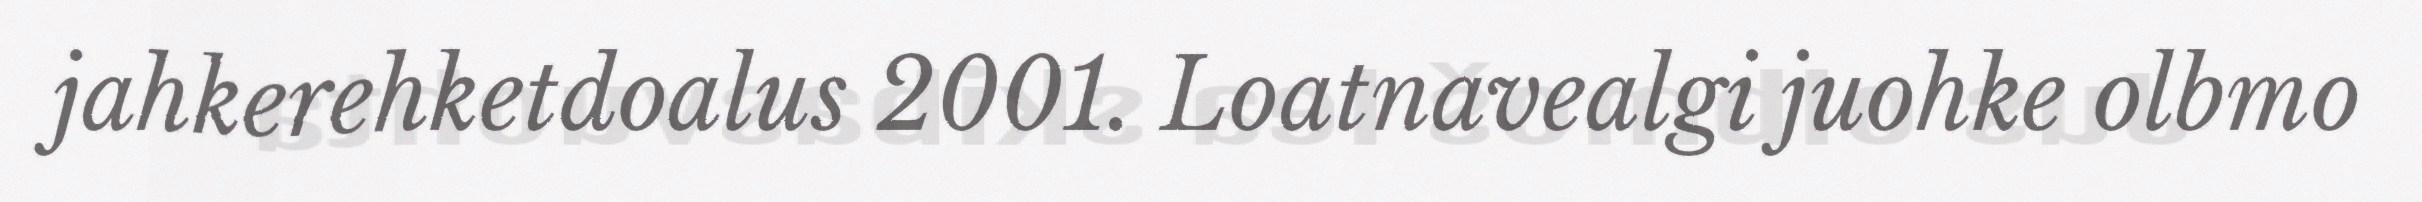
jahkerehketdoalus 2001. Loatnavealgi juohke olbmo